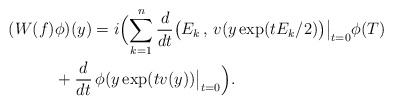
\begin{align*}(W(f)&\phi )(y)=i\Bigl( \sum_{k=1}^n {\frac {d}{dt}}\bigl(E_k\,,\, v(y\exp(tE_k/2)\bigr)\bigr \vert_{t=0}\phi (T)\\&+{\frac {d}{dt}}\,\phi (y\exp (tv(y))\bigr \vert_{t=0} \Bigr).\end{align*}